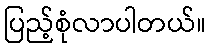
ပြည့်စုံလာပါတယ်။